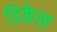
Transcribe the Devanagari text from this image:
डिकेल